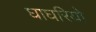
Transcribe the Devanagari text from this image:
घाघरियो